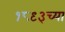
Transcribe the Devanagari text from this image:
१८९३च्या